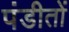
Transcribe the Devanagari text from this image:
पंडीतों